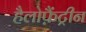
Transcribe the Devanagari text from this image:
हैलोफ़ैंट्रीन